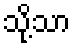
သို့သာ